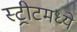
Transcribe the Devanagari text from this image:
स्ट्रीटमध्ये